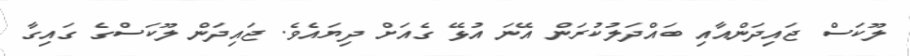
ލޫކަސް ޖައިދަންއާއި ބައްދަލުކުރަން އޭނަ އުޅޭ ގެއަށް ދިޔައެވެ. ޖައިދަން ލޫކަސްގެ ގައިގާ